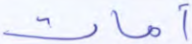
أمات